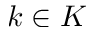
k \in K